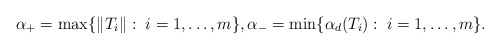
\begin{align*}\alpha_+=\max\{\|T_i\|:\; i=1,\ldots, m\},\alpha_-=\min\{\alpha_d(T_i):\; i=1,\ldots, m\}.\end{align*}